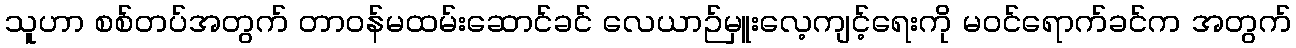
သူဟာ စစ်တပ်အတွက် တာဝန်မထမ်းဆောင်ခင် လေယာဉ်မှူးလေ့ကျင့်ရေးကို မဝင်ရောက်ခင်က အတွက်